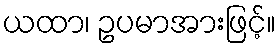
ယထာ၊ ဥပမာအားဖြင့်။